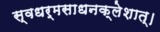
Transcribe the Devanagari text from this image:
स्वधर्मसाधनक्लेशात्‌।